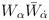
LaTeX: \begin{align*}W_{\alpha}\bar W_{\dot \alpha}\end{align*}